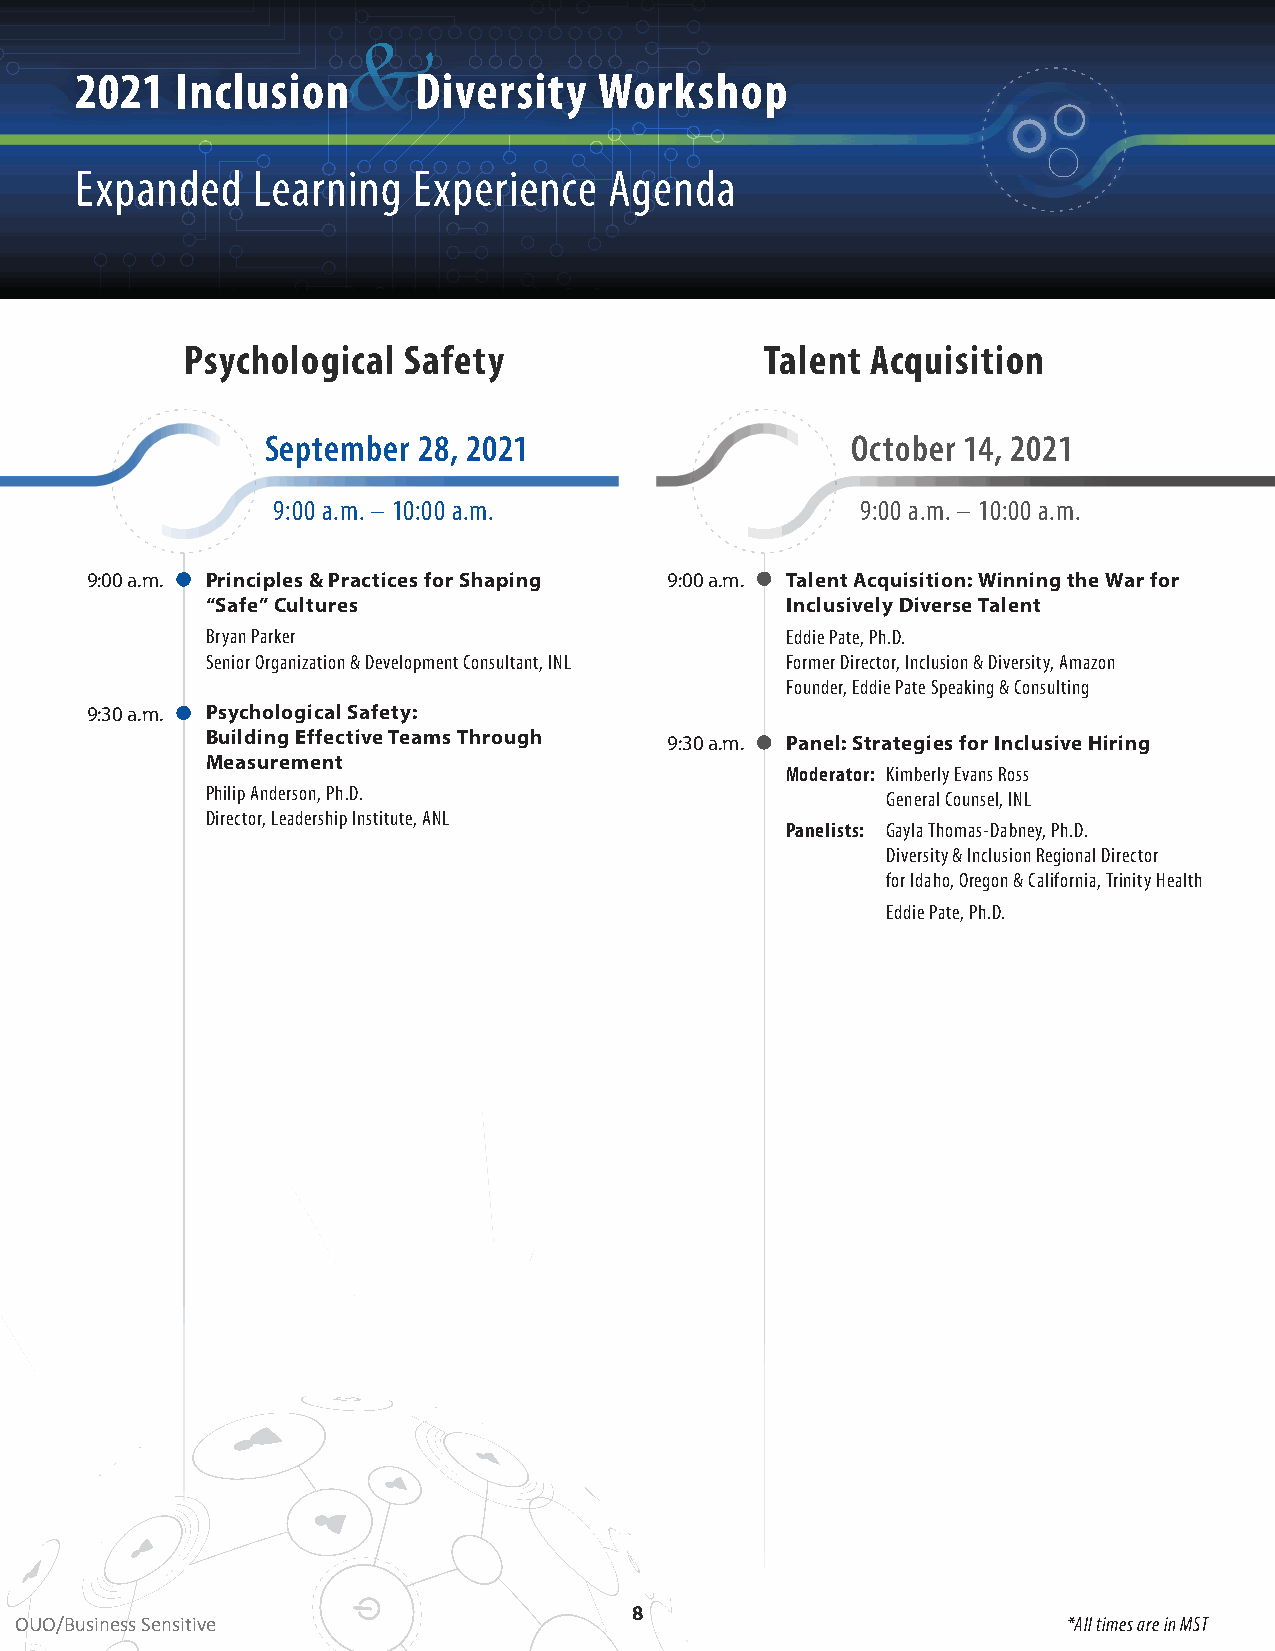
&
 2021   Inclusion      Diversity    Workshop
 Expanded    Learning  Experience   Agenda
 Psychological  Safety                  Talent Acquisition
 September 28, 2021                    October 14, 2021
 9:00 a .m . – 10:00 a .m .             9:00 a .m . – 10:00 a .m .
 9:00 a.m. Principles & Practices for Shaping 9:00 a.m. Talent Acquisition: Winning the War for
 “Safe” Cultures                       Inclusively Diverse Talent
 Bryan Parker                          Eddie Pate, Ph .D .
 Senior Organization & Development Consultant, INL Former Director, Inclusion & Diversity, Amazon
 Founder, Eddie Pate Speaking & Consulting
 9:30 a.m. Psychological Safety:
 Building Effective Teams Through 9:30 a.m. Panel: Strategies for Inclusive Hiring
 Measurement
 Moderator: Kimberly Evans Ross
 Philip Anderson, Ph .D .                     General Counsel, INL
 Director, Leadership Institute, ANL
 Panelists: Gayla Thomas-Dabney, Ph .D .
 Diversity & Inclusion Regional Director
 for Idaho, Oregon & California, Trinity Health
 Eddie Pate, Ph .D .
 88
 OUO/Business Sensitive                                                *All times are in MST